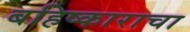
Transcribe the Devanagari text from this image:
बहिष्काराचा